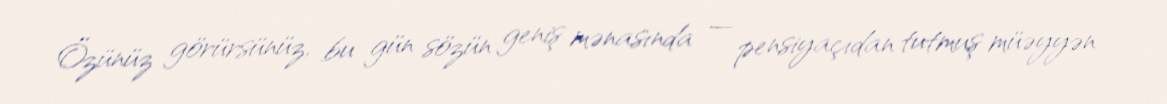
Özünüz görürsünüz, bu gün sözün geniş mənasında — pensiyaçıdan tutmuş müəyyən